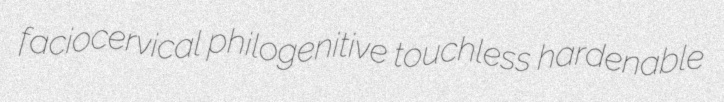
faciocervical philogenitive touchless hardenable